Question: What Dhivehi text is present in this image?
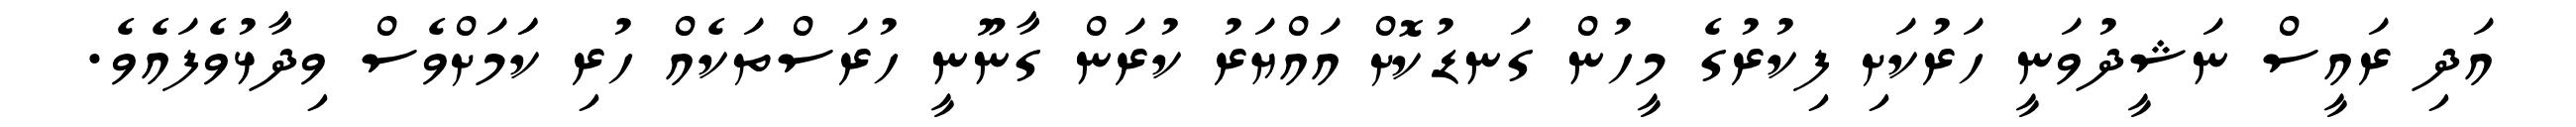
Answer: އަދި ރައީސް ނަޝީދުވަނީ ހަރުކަށި ފިކުރުގެ މީހުން ގަނޑުކޮށް އައްޔަރު ކުރަން ގާނޫނީ ހުރަސްތަކެއް ހުރި ކަަމަށްވެސް ވިދާޅުވެފައެވެ.